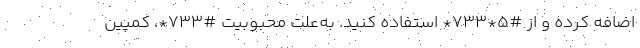
اضافه کرده و از #5*733* استفاده کنید. به‌علت محبوبیت #733*، کمپین